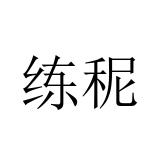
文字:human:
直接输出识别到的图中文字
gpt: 练秜